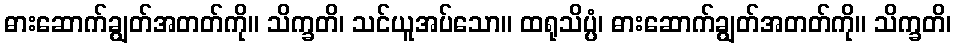
ဓားဆောက်ချွတ်အတတ်ကို။ သိက္ခတိ၊ သင်ယူအပ်သော။ ထရုသိပ္ပံ၊ ဓားဆောက်ချွတ်အတတ်ကို။ သိက္ခတိ၊